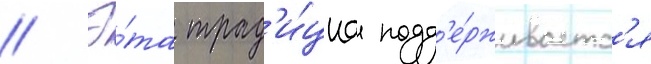
// Э́та трад'и́циа подд'е́рживаетс'я